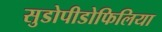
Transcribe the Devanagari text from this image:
सुडोपीडोफिलिया